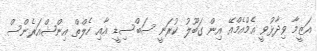
އަޒީމާ ވިދާޅުވީ އެމްއެމްއޭ އިން ގަބޫލު ކުރަނީ ސަބްސިޑީ އާއި ހެލްތް އިންޝްއަރެންސް